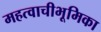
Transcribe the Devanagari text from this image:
महत्वाचीभूमिका